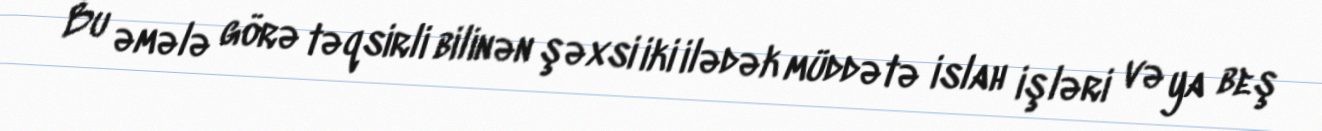
Bu əmələ görə təqsirli bilinən şəxsi iki ilədək müddətə islah işləri və ya beş